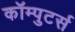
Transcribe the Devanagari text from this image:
कॉम्पुटर्स